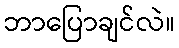
ဘာပြောချင်လဲ။